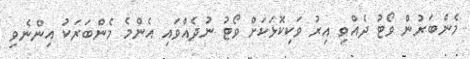
މެންބަރުން ވޯޓު ދެއްވި އިރު ވަކިކޮޅަކަށް ވޯޓު ނުދެއްވައި އެންމެ މެންބަރަކު އިންނެވި